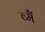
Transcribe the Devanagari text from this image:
व्मैं